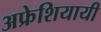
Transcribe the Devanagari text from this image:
अफ्रेशियायी